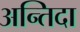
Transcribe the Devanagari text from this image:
अन्तिदा